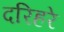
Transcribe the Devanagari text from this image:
दरिहरे